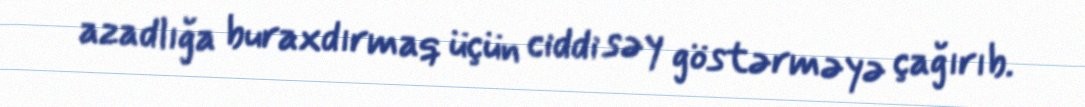
azadlığa buraxdırmaq üçün ciddi səy göstərməyə çağırıb.